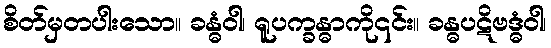
စိတ်မှတပါးသော။ ခန္ဓံဝါ၊ ရူပက္ခန္ဓာကို၎င်း။ ခန္ဓပဋိဗဒ္ဓံဝါ၊